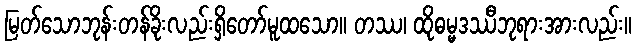
မြတ်သောဘုန်းတန်ခိုးလည်းရှိတော်မူထသော။ တဿ၊ ထိုဓမ္မဒဿီဘုရားအားလည်း။